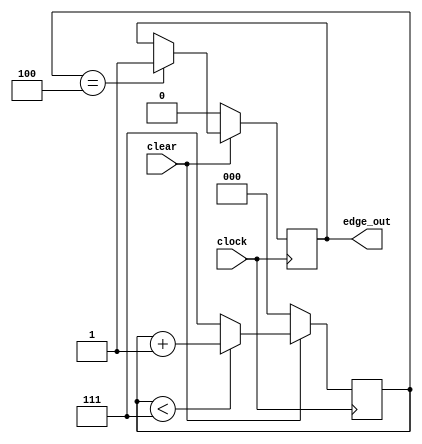
module debounce_delay(
    clock, clear,
    edge_out
);

    input clock, clear;
    output reg edge_out;

    reg [2:0] count;

    initial begin
        count <= 3'd7;
        edge_out <= 1'b0;
    end

    always @(posedge clock) begin
        if (clear == 1'b0) begin
            count <= 3'd0;
            edge_out <= 1'b0;
        end else begin
            if (count < 3'd7) begin
                count <= count + 3'd1;
            end else begin
                count <= 3'd7;
            end

            if (count == 3'd4) begin
                edge_out <= 1'b1;
            end
        end
    end

endmodule